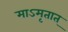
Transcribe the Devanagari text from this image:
माऽमृतात्‌